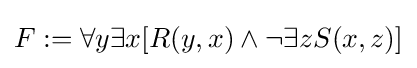
F:=\forall y\exists x[R(y,x)\wedge \neg \exists zS(x,z)]